Vaccination in Bombay 1856-1862 - 1856-1862
Year: 1856
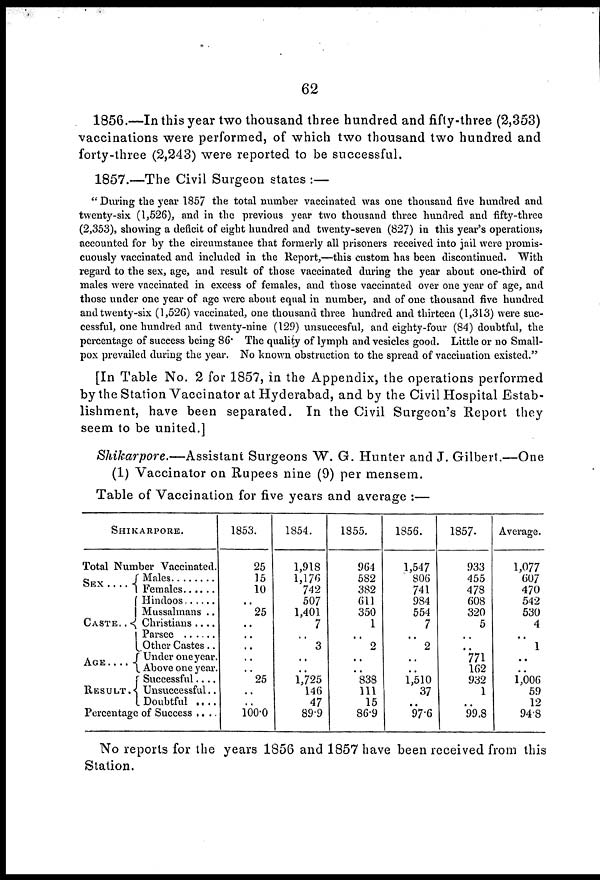
62
1856.—In this year two thousand three hundred and fifty-three (2,353)
vaccinations were performed, of which two thousand two hundred and
forty-three (2,243) were reported to be successful.
1857.—The Civil Surgeon states :—
" During the year 1857 the total number vaccinated was one thousand five hundred and
twenty-six (1,526), and in the previous year two thousand three hundred and fifty-three
(2,353), showing a deficit of eight hundred and twenty-seven (827) in this year's operations,
accounted for by the circumstance that formerly all prisoners received into jail were promis-
cuously vaccinated and included in the Report,—this custom has been discontinued. With
regard to the sex, age, and result of those vaccinated during the year about one-third of
males were vaccinated in excess of females, and those vaccinated over one year of age, and
those under one year of age were about equal in number, and of one thousand five hundred
and twenty-six (1,526) vaccinated, one thousand three hundred and thirteen (1,313) were suc-
cessful, one hundred and twenty-nine (129) unsuccesful, and eighty-four (84) doubtful, the
percentage of success being 86. The quality of lymph and vesicles good. Little or no Small-
pox prevailed during the year. No known obstruction to the spread of vaccination existed."
[In Table No. 2 for 1857, in the Appendix, the operations performed
by the Station Vaccinator at Hyderabad, and by the Civil Hospital Estab-
lishment, have been separated. In the Civil Surgeon's Report they
seem to be united.]
Shikarpore.—Assistant
Surgeons W. G. Hunter and J. Gilbert.—One
(1) Vaccinator on Rupees nine (9) per mensem.
Table of Vaccination for five years and average :—
SHIKARPORE.
Total Number Vaccinated.
SEX
. . . .
CASTE . .
AGE . . .
RESULT .
Males . . . .
Females. . . . .
Hindoos . . . .
Mussalmans . .
Christians . . . .
Parsee . . . .
Other Castes . .
Under one year.
Above one year.
Successful . . .
Unsuccessful . .
Doubtful . . .
Percentage of Success . . . .
1853.
25
15
10
..
25
..
..
..
..
..
25
..
..
100.0
1854.
1,918
1,176
742
507
1,401
7
..
3
..
..
1,725
146
47
89.9
1855.
964
582
382
611
350
1
..
2
..
..
838
111
15
86.9
1856.
1,547
806
741
984
554
7
..
2
..
..
1,510
37
..
97.6
1857.
933
455
478
608
320
5
..
..
771
162
932
1
..
99.8
Average.
1,077
607
470
542
530
4
..
1
..
..
1,006
59
12
94.8
No reports for the years 1856 and 1857 have been received from this
Station.